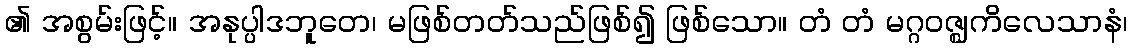
၏ အစွမ်းဖြင့်။ အနုပ္ပါဒဘူတေ၊ မဖြစ်တတ်သည်ဖြစ်၍ ဖြစ်သော။ တံ တံ မဂ္ဂဝဇ္ဈကိလေသာနံ၊